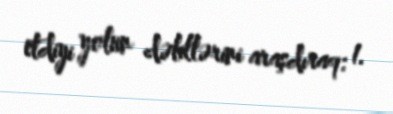
etdiyi yolun dəlillərini araşdıraq: 1.